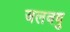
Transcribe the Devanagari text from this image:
जलवयु